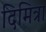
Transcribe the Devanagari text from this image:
दिमित्रा